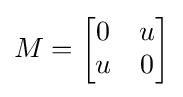
M={\begin{bmatrix}0&u\\u&0\end{bmatrix}}